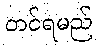
တင်ရမည်